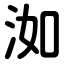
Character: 洳